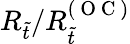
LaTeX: R_{\tilde{t}}/R_{\tilde{t}}^{(\mathrm{~O~C~})}